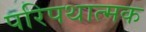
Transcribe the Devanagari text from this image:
परिपथात्मक